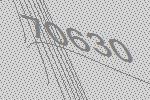
70630